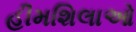
હીમશિલાઓ